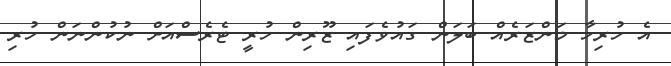
އެ ހުރިހާ މަންޒަރެއް ބަލަން ގައުވެފައި ޒޫރިން ހުރީ ޓެރެސްއަށް ނުކުންނަން ހުރި